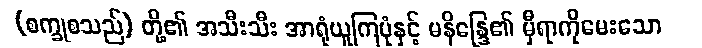
(စက္ခုစသည်) တို့၏ အသီးသီး အာရုံယူကြပုံနှင့် မနိန္ဒြေ၏ မှီရာကိုမေးသော